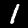
Digit: 1